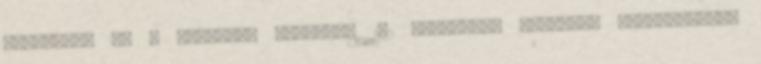
szabadság is e folyamat terméke. 192 Nietzsche Kötelező olvasmányok: